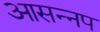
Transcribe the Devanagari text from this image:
आसन्नप